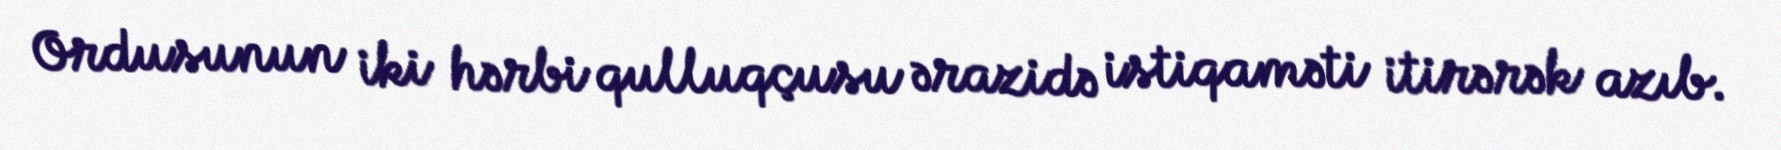
Ordusunun iki hərbi qulluqçusu ərazidə istiqaməti itirərək azıb.